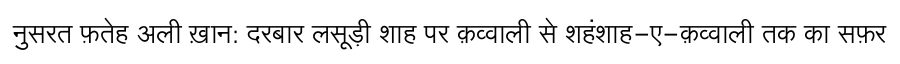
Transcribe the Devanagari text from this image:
नुसरत फ़तेह अली ख़ान: दरबार लसूड़ी शाह पर क़व्वाली से शहंशाह-ए-क़व्वाली तक का सफ़र